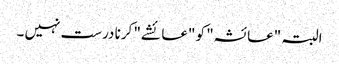
البتہ "عائشہ" کو "عائشے" کرنا درست نہیں ۔